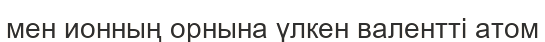
мен ионның орнына үлкен валентті атом